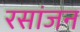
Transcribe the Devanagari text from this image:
रसांजन